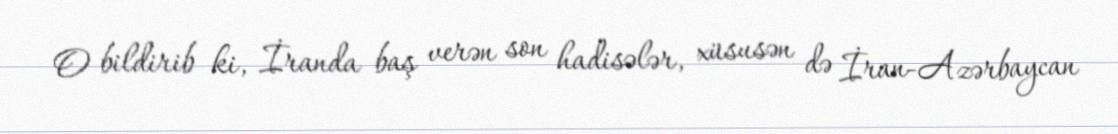
O bildirib ki, İranda baş verən son hadisələr, xüsusən də İran-Azərbaycan